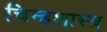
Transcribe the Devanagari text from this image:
चिन्हशास्त्र